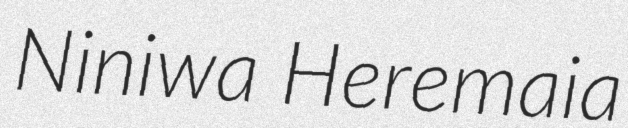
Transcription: Niniwa Heremaia